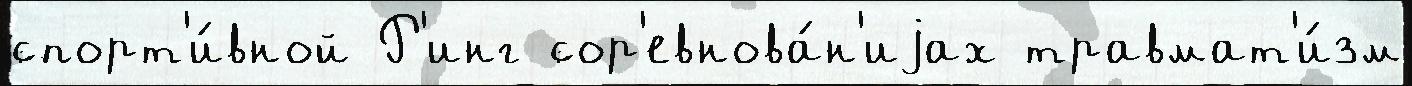
спорт'и́вной Р'инг сор'евнова́н'иjах травмат'и́зм